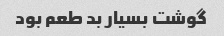
گوشت بسیار بد طعم بود